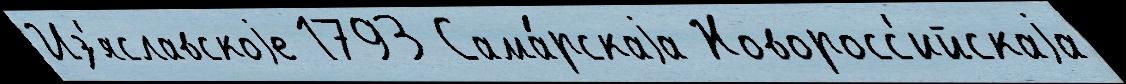
Из'яславскоjе 1793 Сама́рскаjа Новоросс'ийскаjа